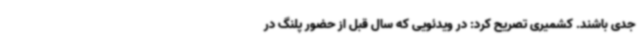
جدی باشند. کشمیری تصریح کرد: در ویدئویی که سال قبل از حضور پلنگ در